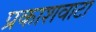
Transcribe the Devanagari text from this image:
प्रकाशवाटा